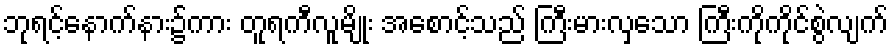
ဘုရင့်နောက်နား၌ကား တူရကီလူမျိုး အစောင့်သည် ကြီးမားလှသော ကြီးကိုကိုင်စွဲလျက်